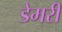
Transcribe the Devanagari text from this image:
डेमरी